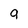
Character: a